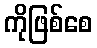
ကိုဖြစ်စေ